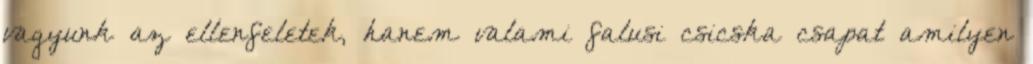
vagyunk az ellenfeletek, hanem valami falusi csicska csapat amilyen